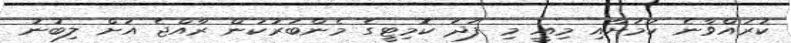
ކުރައްވާނެ ކަމަށާއި މިއީ މި ފަދަ ކޮމިޓީގެ މެންބަރުކަން ރާއްޖެ އަށް ލިބުނު